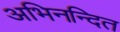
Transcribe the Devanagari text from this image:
अभिनन्दित